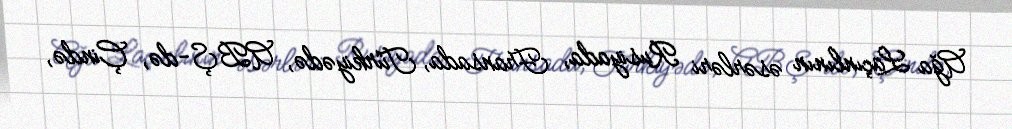
Ağa Laçınlının əsərləri Rusiyada, Fransada, Türkiyədə, ABŞ-də, Çində,